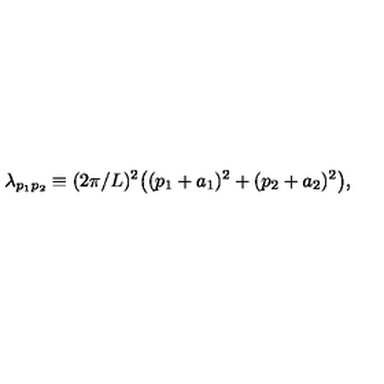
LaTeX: \lambda _ { p _ { 1 } p _ { 2 } } \equiv ( 2 \pi / L ) ^ { 2 } \big ( ( p _ { 1 } + a _ { 1 } ) ^ { 2 } + ( p _ { 2 } + a _ { 2 } ) ^ { 2 } \big ) ,